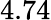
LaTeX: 4.74